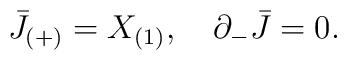
\bar J_{(+)}=X_{(1)},\quad  \partial_-\bar J=0.